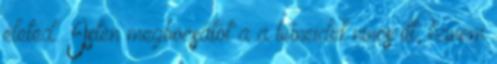
életed. Isten megbocsátot a a bűneidet nincs itt, hanem